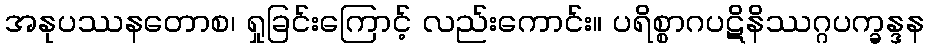
အနုပဿနတောစ၊ ရှုခြင်းကြောင့် လည်းကောင်း။ ပရိစ္စာဂပဋိနိဿဂ္ဂပက္ခန္ဒန